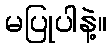
မပြုပါနဲ့။